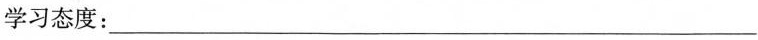
学习态度：___